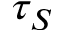
\tau _ { S }